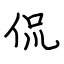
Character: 侃